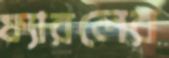
ফ্যারলের